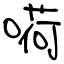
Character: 嗬